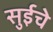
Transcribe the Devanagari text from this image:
सुईचे